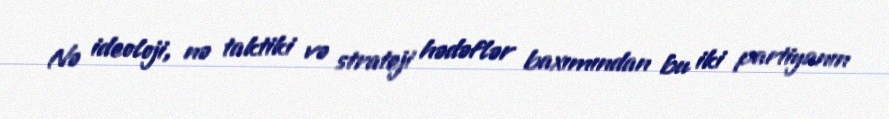
Nə ideoloji, nə taktiki və strateji hədəflər baxımından bu iki partiyanın